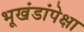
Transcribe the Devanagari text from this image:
भूखंडांपेक्षा